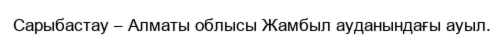
Сарыбастау – Алматы облысы Жамбыл ауданындағы ауыл.